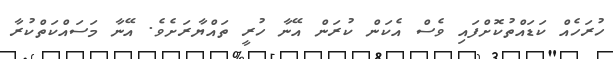
ހުރަހެއް ކަޑައްތުކޮށްފައި ވެސް އެކަން ކުރަން އޭނާ ހުރީ ތައްޔާރަށެވެ. އޭނާ މަސައްކަތްކުރާ